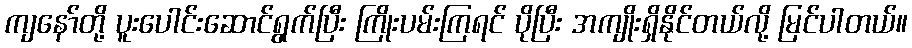
ကျနော်တို့ ပူးပေါင်းဆောင်ရွက်ပြီး ကြိုးပမ်းကြရင် ပိုပြီး အကျိုးရှိနိုင်တယ်လို့ မြင်ပါတယ်။